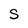
Character: S